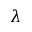
\lambda